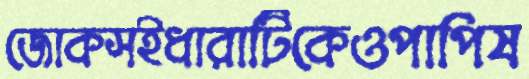
জোকসইধারাটিকেওপাপিষ